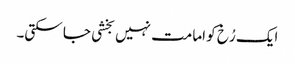
ایک رُخ کو امامت نہیں بخشی جا سکتی۔